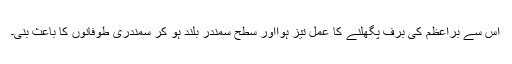
اس سے براعظم کی برف پگھلنے کا عمل تیز ہوااور سطح سمندر بلند ہو کر سمندری طوفانوں کا باعث بنی۔